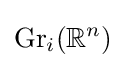
\operatorname {Gr} _{i}(\mathbb {R} ^{n})